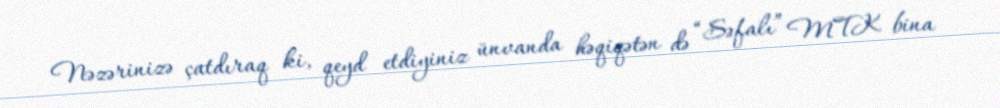
Nəzərinizə çatdıraq ki, qeyd etdiyiniz ünvanda həqiqətən də “Səfalı” MTK bina